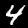
Digit: 4